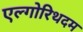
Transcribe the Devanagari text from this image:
एल्गोरिथदम